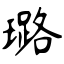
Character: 璐